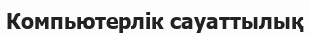
Компьютерлік сауаттылық